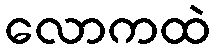
လောကထဲ